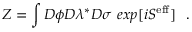
Z = \int D \phi D \lambda ^ { * } D \sigma \, \, e x p [ i S ^ { \mathrm { e f f } } ] \, \, \, \, .